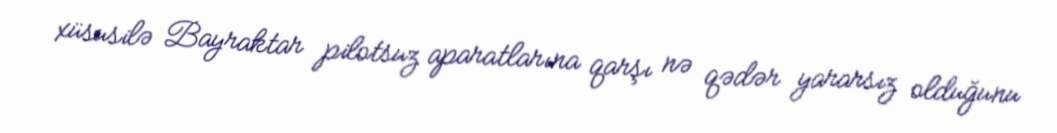
xüsusilə Bayraktar pilotsuz aparatlarına qarşı nə qədər yararsız olduğunu